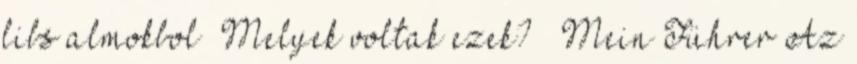
libs almokbol” Melyek voltak ezek? – Mein Führer Az